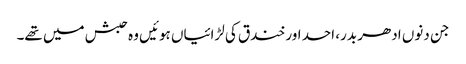
جن دنوں ادھر بدر، احد اور خندق کی لڑائیاں ہوئیں وہ حبش میں تھے۔